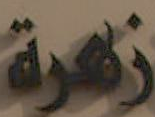
زهرة